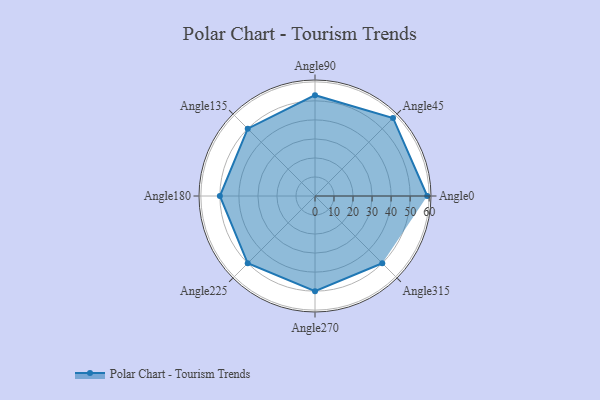
{"axis": {"x": "Angle", "y": "Radius"}, "legend": [""], "data": [{"x": "Angle0", "y": 59.0, "type": ""}, {"x": "Angle45", "y": 58.0, "type": ""}, {"x": "Angle90", "y": 53.0, "type": ""}, {"x": "Angle135", "y": 50, "type": ""}, {"x": "Angle180", "y": 50, "type": ""}, {"x": "Angle225", "y": 50, "type": ""}, {"x": "Angle270", "y": 50, "type": ""}, {"x": "Angle315", "y": 50, "type": ""}]}